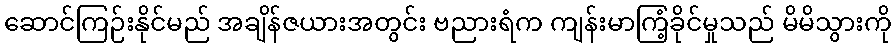
ဆောင်ကြဉ်းနိုင်မည် အချိန်ဇယားအတွင်း ဗညားရံက ကျန်းမာကြံ့ခိုင်မှုသည် မိမိသွားကို